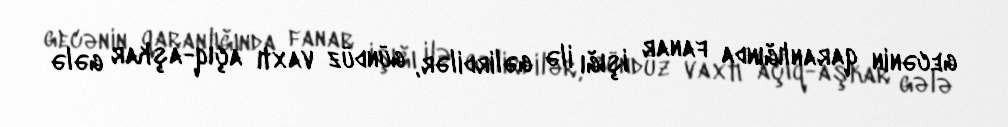
gecənin qaranlığında fanar işığı ilə gəlirdilər, gündüz vaxtı açıq-aşkar gələ